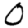
Digit: 0